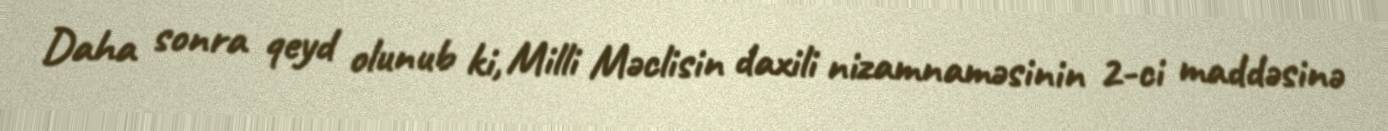
Daha sonra qeyd olunub ki, Milli Məclisin daxili nizamnaməsinin 2-ci maddəsinə